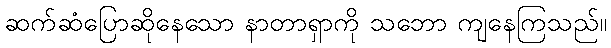
ဆက်ဆံပြောဆိုနေသော နာတာရှာကို သဘော ကျနေကြသည်။